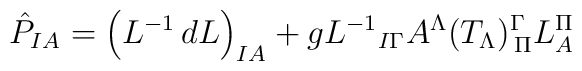
\hat P_{I A}= {\left (L^{-1}\,dL \right)}_{I A} + g{L^{-1}}_{I\Gamma} A^{\Lambda} (T_{\Lambda})^{\Gamma}_{\, \Pi}L^{\Pi}_{ A}